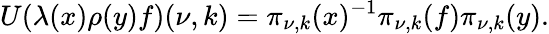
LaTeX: U(\lambda(x)\rho(y)f)(\nu,k)=\pi_{\nu,k}(x)^{-1}\pi_{\nu,k}(f)\pi_{\nu,k}(y).